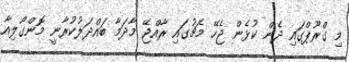
މި ގްރޫޕްގައި ދެން ކުޅެން ޖެހޭ މެޗުގައި ރާއްޖޭ މާދަމާ ބައްދަލުކުރާނީ މޮންގޯލިއާ